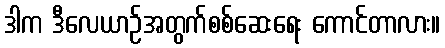
ဒါက ဒီလေယာဉ်အတွက်စစ်ဆေးရေး ကောင်တာလား။